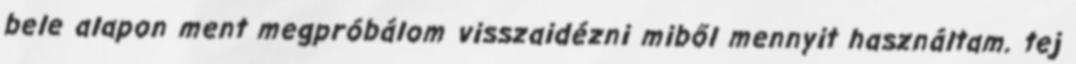
bele alapon ment megpróbálom visszaidézni miből mennyit használtam. tej